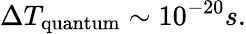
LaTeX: \Delta T_{\mathrm{quantum}}\sim 10^{-20}s.